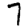
Digit: 7